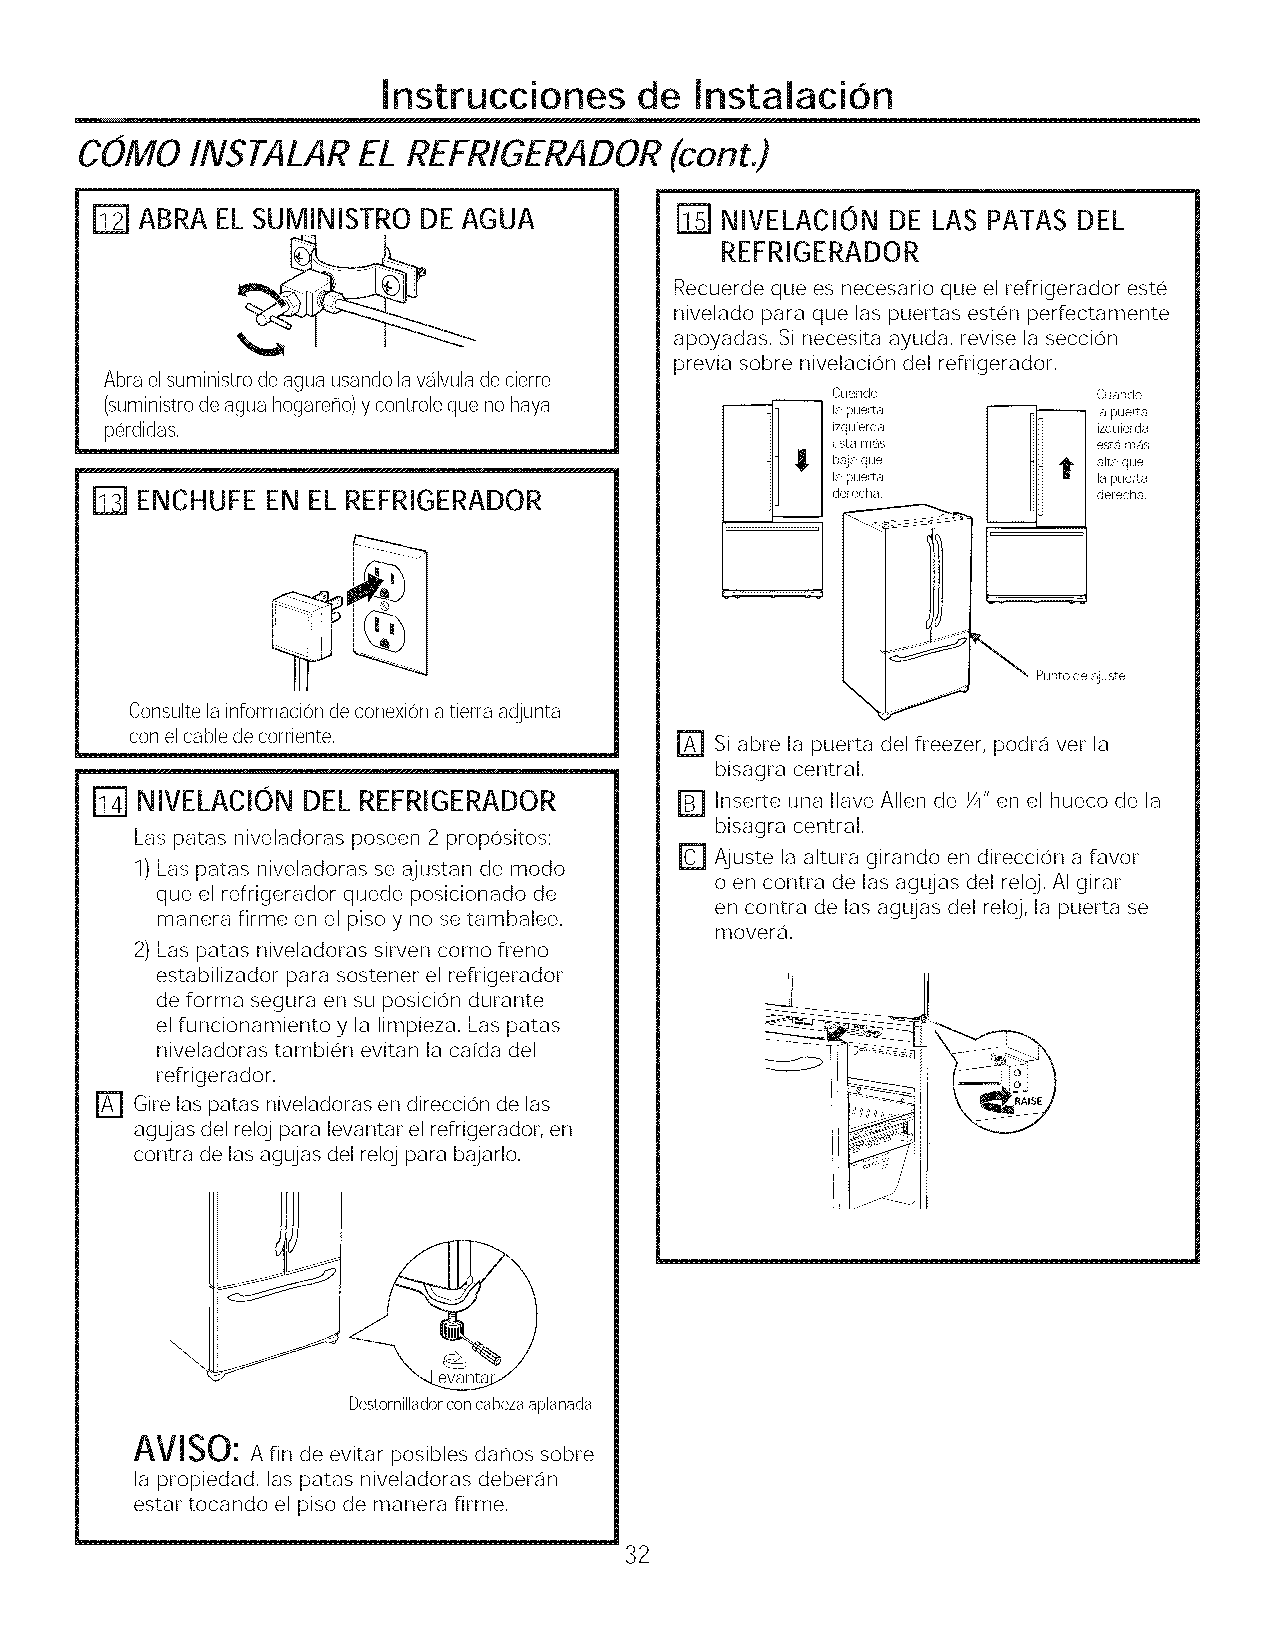
lnstrucciones    de  lnstalaci6n
 COMO    INSTALAREL    REFRIGERADOR(cont.)
 ABRA EL SUMINISTRO DE AGUA             NIVELACION DE LAS PATAS DEL
 REFRIGERADOR
 Recuerde que es necesario que el refrigerador este
 nivelado para que las puertas esten perfectamente
 apoyadas. Sinecesita ayuda, revise la seccion
 previa sobre nivelacion del refrigerador.
 Abraelsuministrodeaguausandolavalvuladecierre
 Cuando            Cuarldo
 (suministrodeaguahogareho)ycontrolequenohaya
 lapuerta          lapuerta
 perdidas.                                       izquierda         izquierda
 esta mas          esta mas
 baja que          alta que
 lapue_ta          lapuerta
 [_ ENCHUFE  EN EL REFRIGERADOR                   derecha,          derecha,
 Punto deajuste
 Consultelainformacion deconexionatierraadjunta
 conelcabledecorriente.
 r_ si abre la puerta del freezer, podra ver la
 bisagra central.
 NIVELACION DEL REFRIGERADOR         r_ Inserte una Ilave Allen de ¼" en el hueco de la
 bisagra central.
 Las patas niveladoras poseen 2 propositos:
 r_ Ajuste laaltura girando en direccion a favor
 1)Las patas niveladoras se ajustan de modo
 o en contra de las agujas del reloj. AIgirar
 que el refrigerador quede posicionado de
 en contra de las agujas del reloj, la puerta se
 manera firme en el piso y no se tambalee.
 movera.
 2)Las patas niveladoras sirven como freno
 estabilizador para sostener el refrigerador
 de forma segura en su posicion durante
 elfuncionamiento y la limpieza. Las patas
 niveladoras tambien evitan la caida del
 refrigerador.
 r_ Gire las patas niveladoras en direccion de las
 agujas del reloj para levantar elrefrigerador, en
 contra de las agujas del reloj para bajarlo.
 Destornilladorconcabezaaplanada
 AVISO:Afindeevitaprosibldeashossobre
 la propiedad, las patas niveladoras deberan
 estar tocando el piso de manera firme.
 32